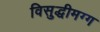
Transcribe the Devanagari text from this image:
विसुद्धीमग्ग